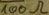
Text: 100Ω